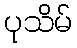
ပုသိမ်